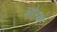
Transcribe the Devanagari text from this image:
चोरणे